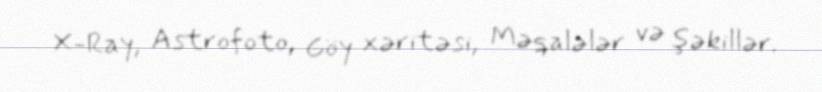
X-Ray, Astrofoto, Göy xəritəsi, Məqalələr və şəkillər.